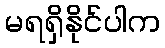
မရရှိနိုင်ပါက